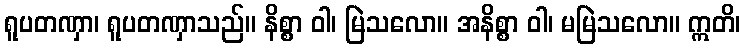
ရူပတဏှာ၊ ရူပတဏှာသည်။ နိစ္စာ ဝါ၊ မြဲသလော။ အနိစ္စာ ဝါ၊ မမြဲသလော။ ဣတိ၊